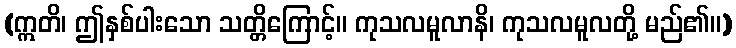
(ဣတိ၊ ဤနှစ်ပါးသော သတ္တိကြောင့်။ ကုသလမူလာနိ၊ ကုသလမူလတို့ မည်၏။)